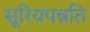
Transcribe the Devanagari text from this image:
सूरियपन्नति